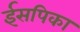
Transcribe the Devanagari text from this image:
ईसपिका